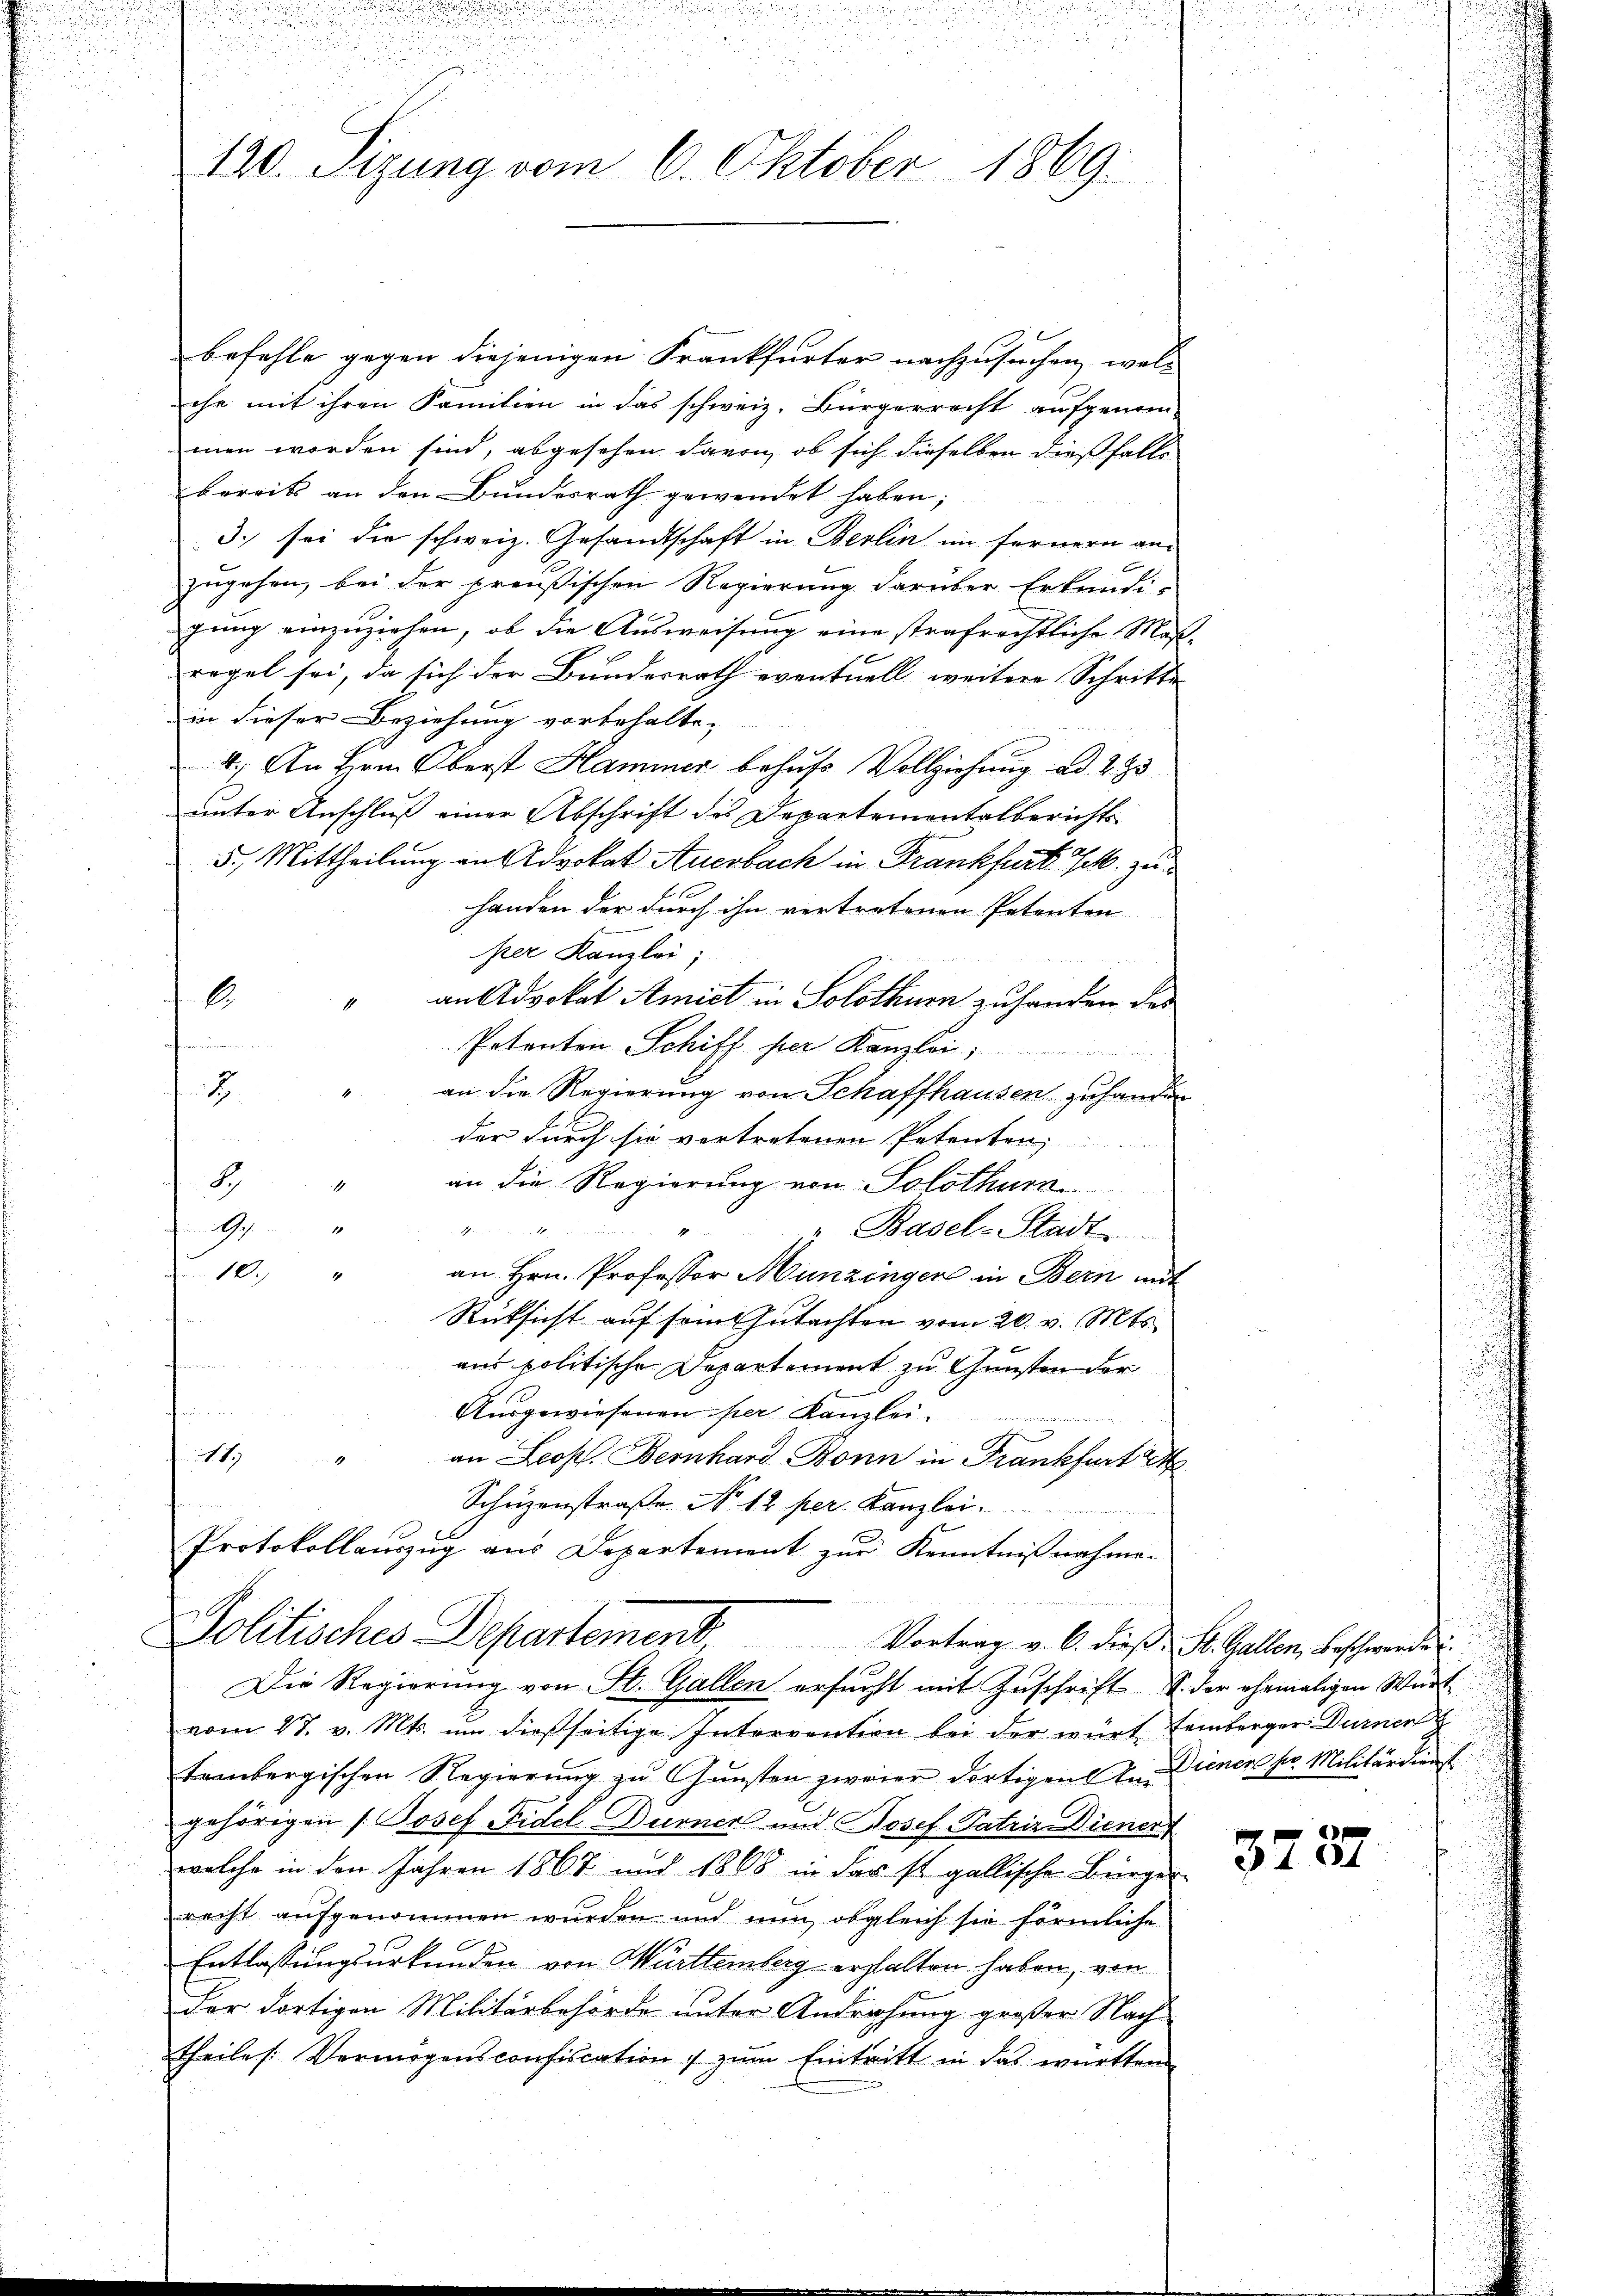
120. Sizung vom 6. Oktober 1869.

befehle gegen diejenigen Frankfurter nachzusuchen woll
che mit ihren Familien in das schweiz. Bürgerrecht aufgenom-
men worden sind, abgesehen davon, ob sich dieselben dießfalls
bereits an den Bundesrath gewendet haben;
3. sei die schweiz. Gesandtschaft in Berlin im fernern an¬
 x
zugehen, bei der preußischen Regierung darüber Erkundi-
gung einzuziehen, ob die Ausweisung eine strafrechtliche Maßregel sei, da sich der Bundesrath eventuell weitere Schritte
in dieser Beziehung vorbehalte,
4.) An Hrn. Oberst Hammer behufs Vollziehung ad 293
unter Anschluß einer Abschrift des Departementalberichts
5., Mittheilung an Advokat Aueobach in Frankfurt Jak. zu
handen der durch ihn vertretenen Petenten
per Kanzlei,
" an Advokat Amiet in Solothurn zufanden das
l
Petenten Schiff per Kanzlei
an die Regierung von Schaffhausen zu handen
der durch sie vertretenen Petenten, |
an die Regierung von Solothurn
 0 x
" Basel-Stadt.
4
an Hrn. Professor Munzingen in Bern mit
Rücksicht auf sein Gutachten vom 20. v. Mts.
aus politische Departement zu Gunsten der
Ausgewiesenen per Kanzlei.
11.)
an Leop. Bernhard Bonn in Frankfurt 24
Schüzenstraße No 12 per Kanzlei.
Protokollauszug aus Departement zur Kenntnißnahme.

Politisches Departement. Vortrag v. 6. dieß St. Gallen, beschwerde
Die Regierung von St. Gallen ersucht mit Zuschrift S. der ehemaligen Würt¬

vom 27. v. Mts. um dießseitige Intervention bei der württemberger Durner
tembergischen Regierŭng zŭ Gŭnsten zweier dortigen d. Dienen pr. Militärdienst
gehörigen /:Josef Fidel Durner und Josef Patria Diener
welche in den Jahren 1867 und 1868 in das st. gallische Bürger
recht aufgenommen wurden und nun, obgleich sie förmliche
Entlassungsurkunden von Württemberg erhalten haben, von
der dortigen Militärbehörde unter Androhung großer Nach
theiles Vermögensconfiscation & zum Eintritt in das württem

3727

u
.